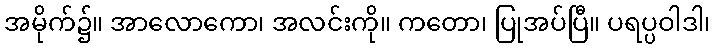
အမိုက်၌။ အာလောကော၊ အလင်းကို။ ကတော၊ ပြုအပ်ပြီ။ ပရပ္ပဝါဒါ၊